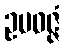
ဥပဝဇ္ဇံ